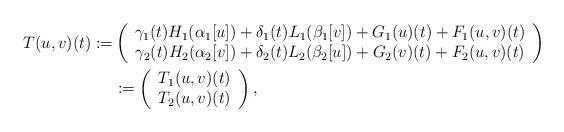
LaTeX: \begin{align*}\begin{aligned} T(u,v)(t):=& \left(\begin{array}{c}\gamma_{1}(t)H_{1}(\alpha_{1} [u])+\delta_1(t)L_{1}(\beta_{1}[v])+G_1(u)(t)+F_1(u,v)(t) \\\gamma_{2}(t)H_{2}(\alpha_{2}[v])+\delta_2(t)L_{2}(\beta_{2} [u])+G_2(v)(t)+F_2(u,v)(t)\end{array}\right)\\ &:=\left(\begin{array}{c}T_1(u,v)(t) \\T_2(u,v)(t)\end{array}\right) ,\end{aligned}\end{align*}